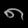
Digit: ၈